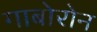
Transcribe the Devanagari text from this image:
गाबोरोन